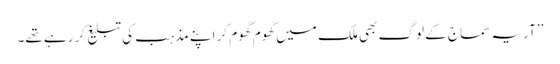
’’آریہ سماج کے لوگ بھی ملک میں گھوم گھوم کر اپنے مذہب کی تبلیغ کررہے تھے۔